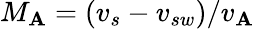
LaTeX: M_{\mathbf{A}}=(v_{s}-v_{sw})/v_{\mathbf{A}}